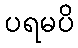
ပရမပိ